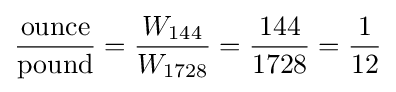
{\frac {\mathrm {ounce} }{\mathrm {pound} }}={\frac {W_{144}}{W_{1728}}}={\frac {144}{1728}}={\frac {1}{12}}